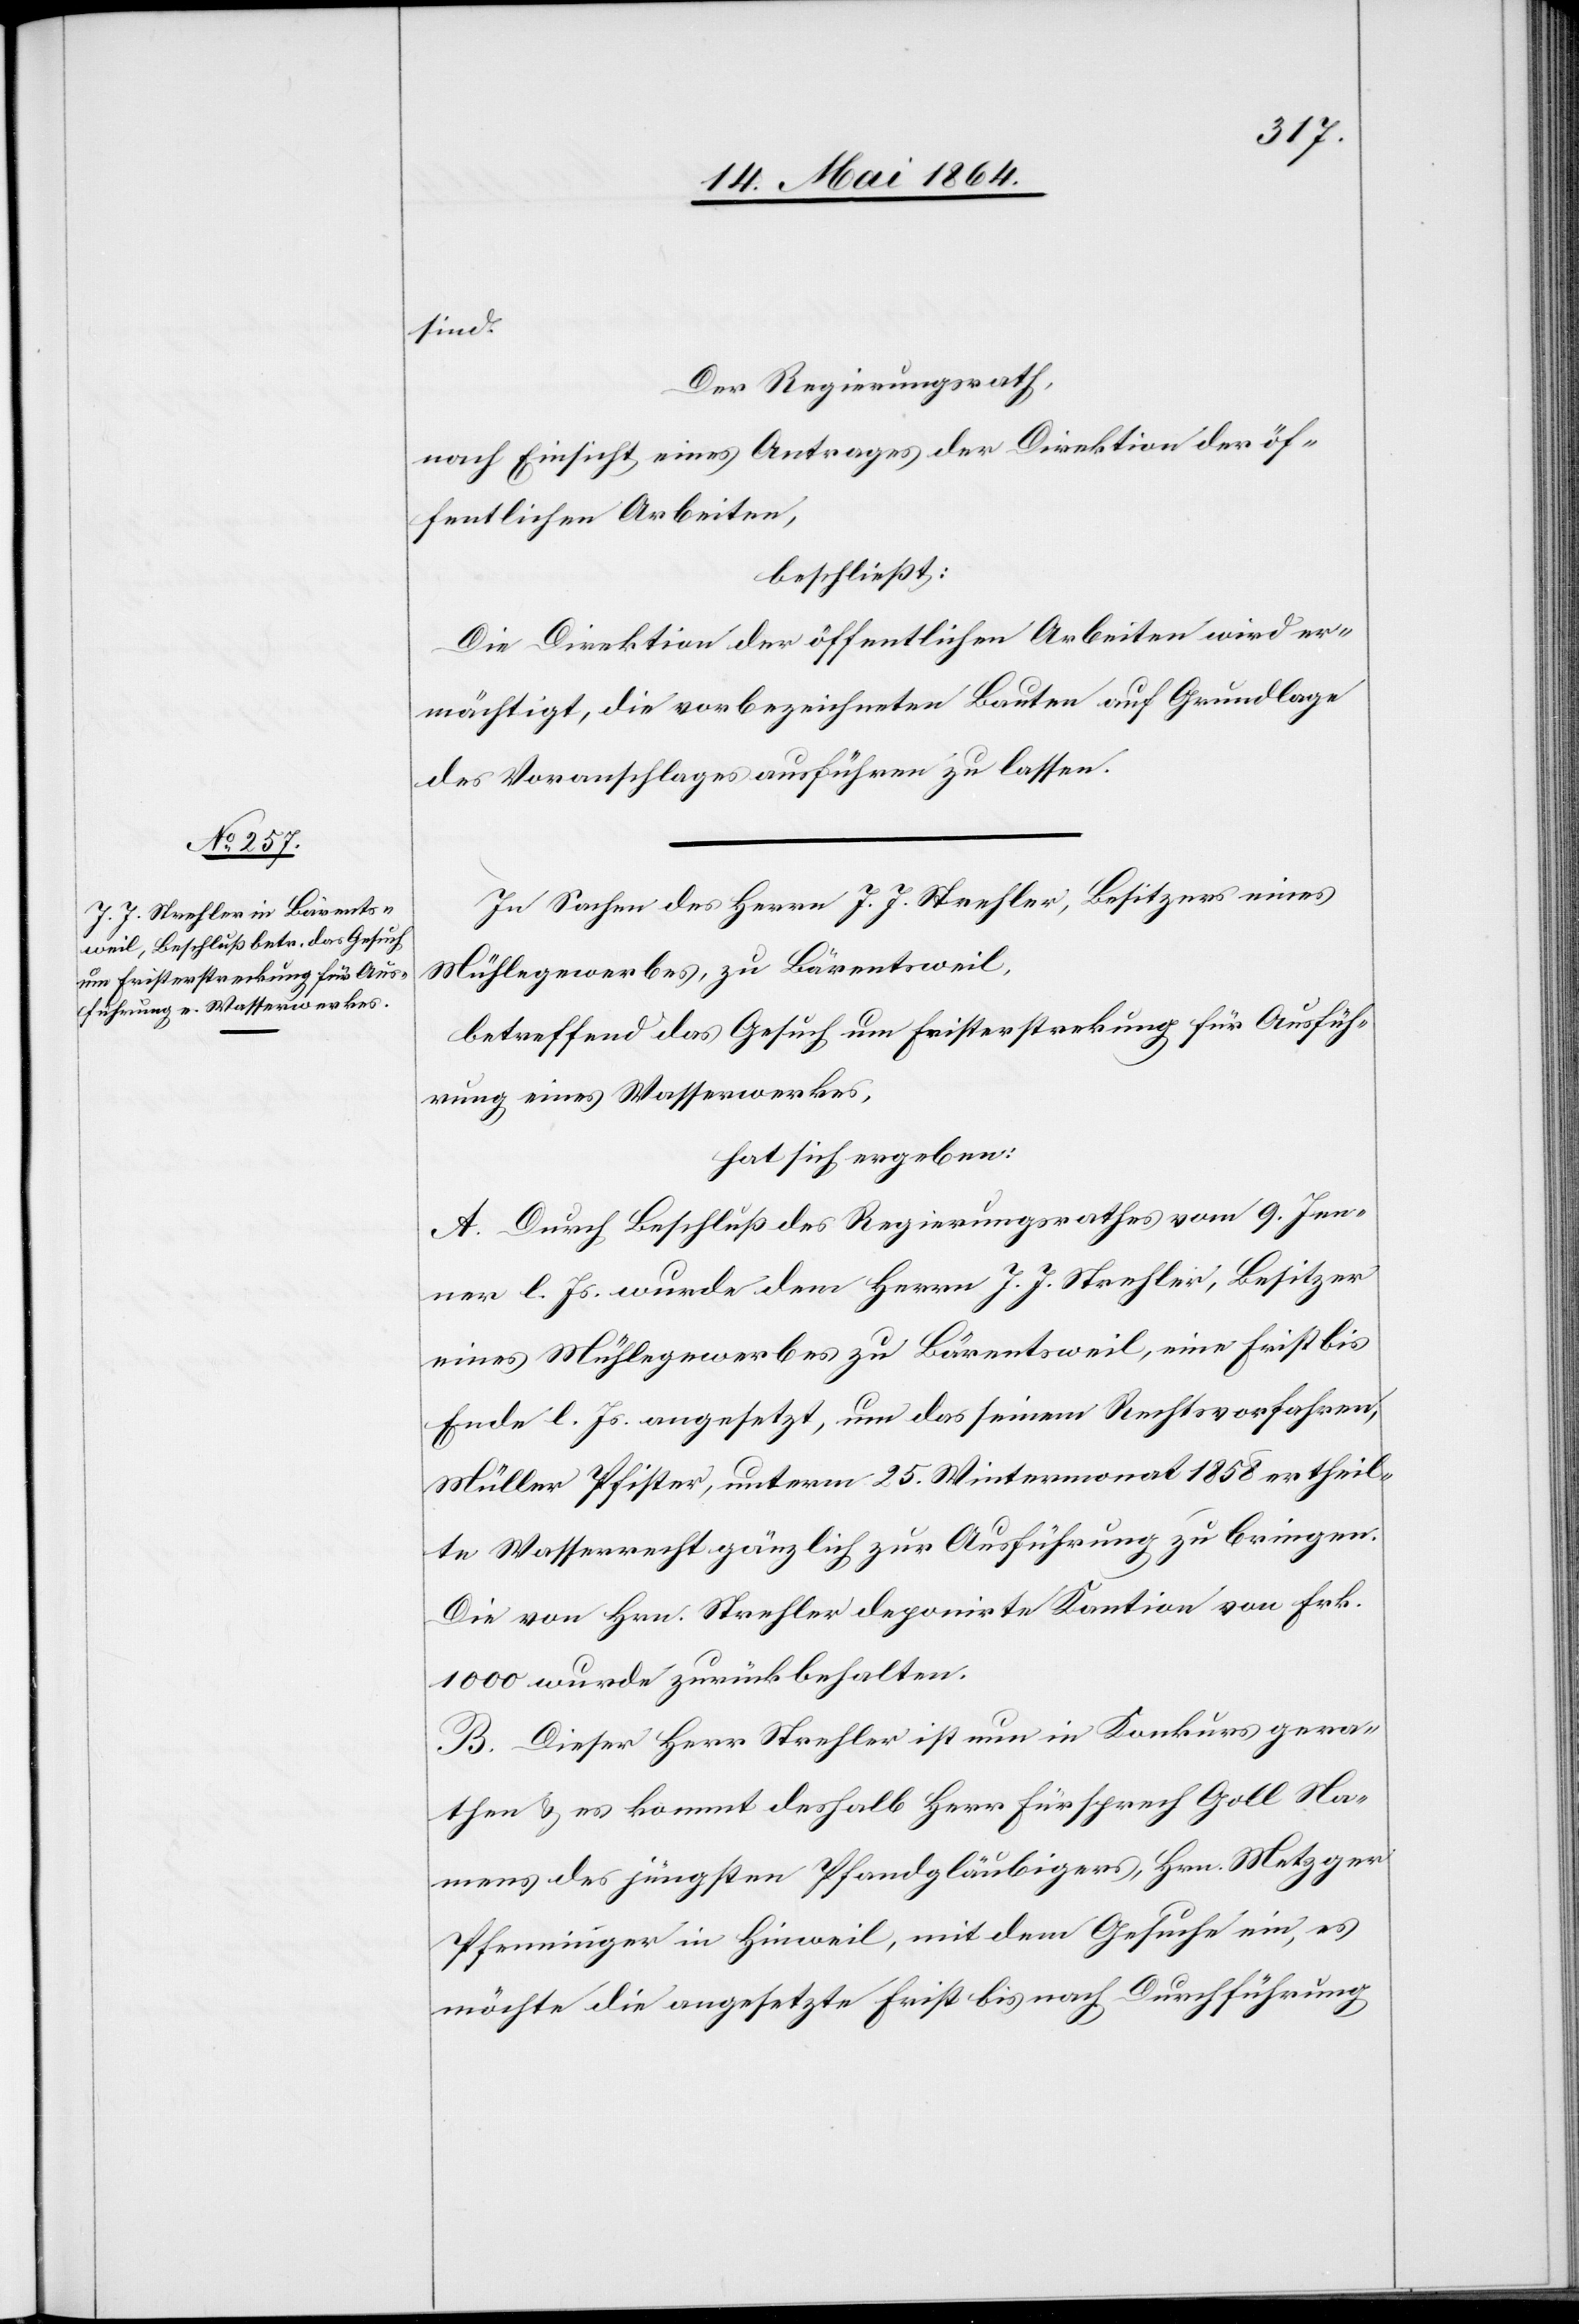
sind.
Der Regierungsrath,
nach Einsicht eines Antrages der Direktion der öf¬
fentlichen Arbeiten,
beschließt:
Die Direktion der öffentlichen Arbeiten wird er¬
mächtigt, die vorbezeichneten Bauten auf Grundlage
des Voranschlages ausführen zu lassen.
In Sachen des Herrn J. J. Strehler, Besitzers eines
Mühlegewerbes, zu Bärentsweil,
betreffend das Gesuch um Fristerstreckung für Ausfüh¬
rung eines Wasserwerkes,
hat sich ergeben:
A. Durch Beschluß des Regierungsrathes vom 9. Jen¬
ner l. Js. wurde dem Herrn J. J. Strehler, Besitzer
eines Mühlegewerbes zu Bärentsweil, eine Frist bis
Ende l. Js. angesetzt, um das seinem Rechtsvorfahren,
Müller Pfister, unterm 25. Wintermonat 1858 ertheil¬
te Wasserrecht gänzlich zur Ausführung zu bringen.
Die von Hrn. Strehler deponirte Kaution von Frk.
1000 wurde zurückbehalten.
B. Dieser Herr Strehler ist nun in Konkurs gera¬
then u. es kommt deshalb Herr Fürsprech Goll Na¬
mens des jüngsten Pfandgläubigers, Hrn. Metzger
Pfenninger in Hinweil, mit dem Gesuche ein, es
möchte die angesetzte Frist bis nach Durchführung